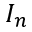
I _ { n }